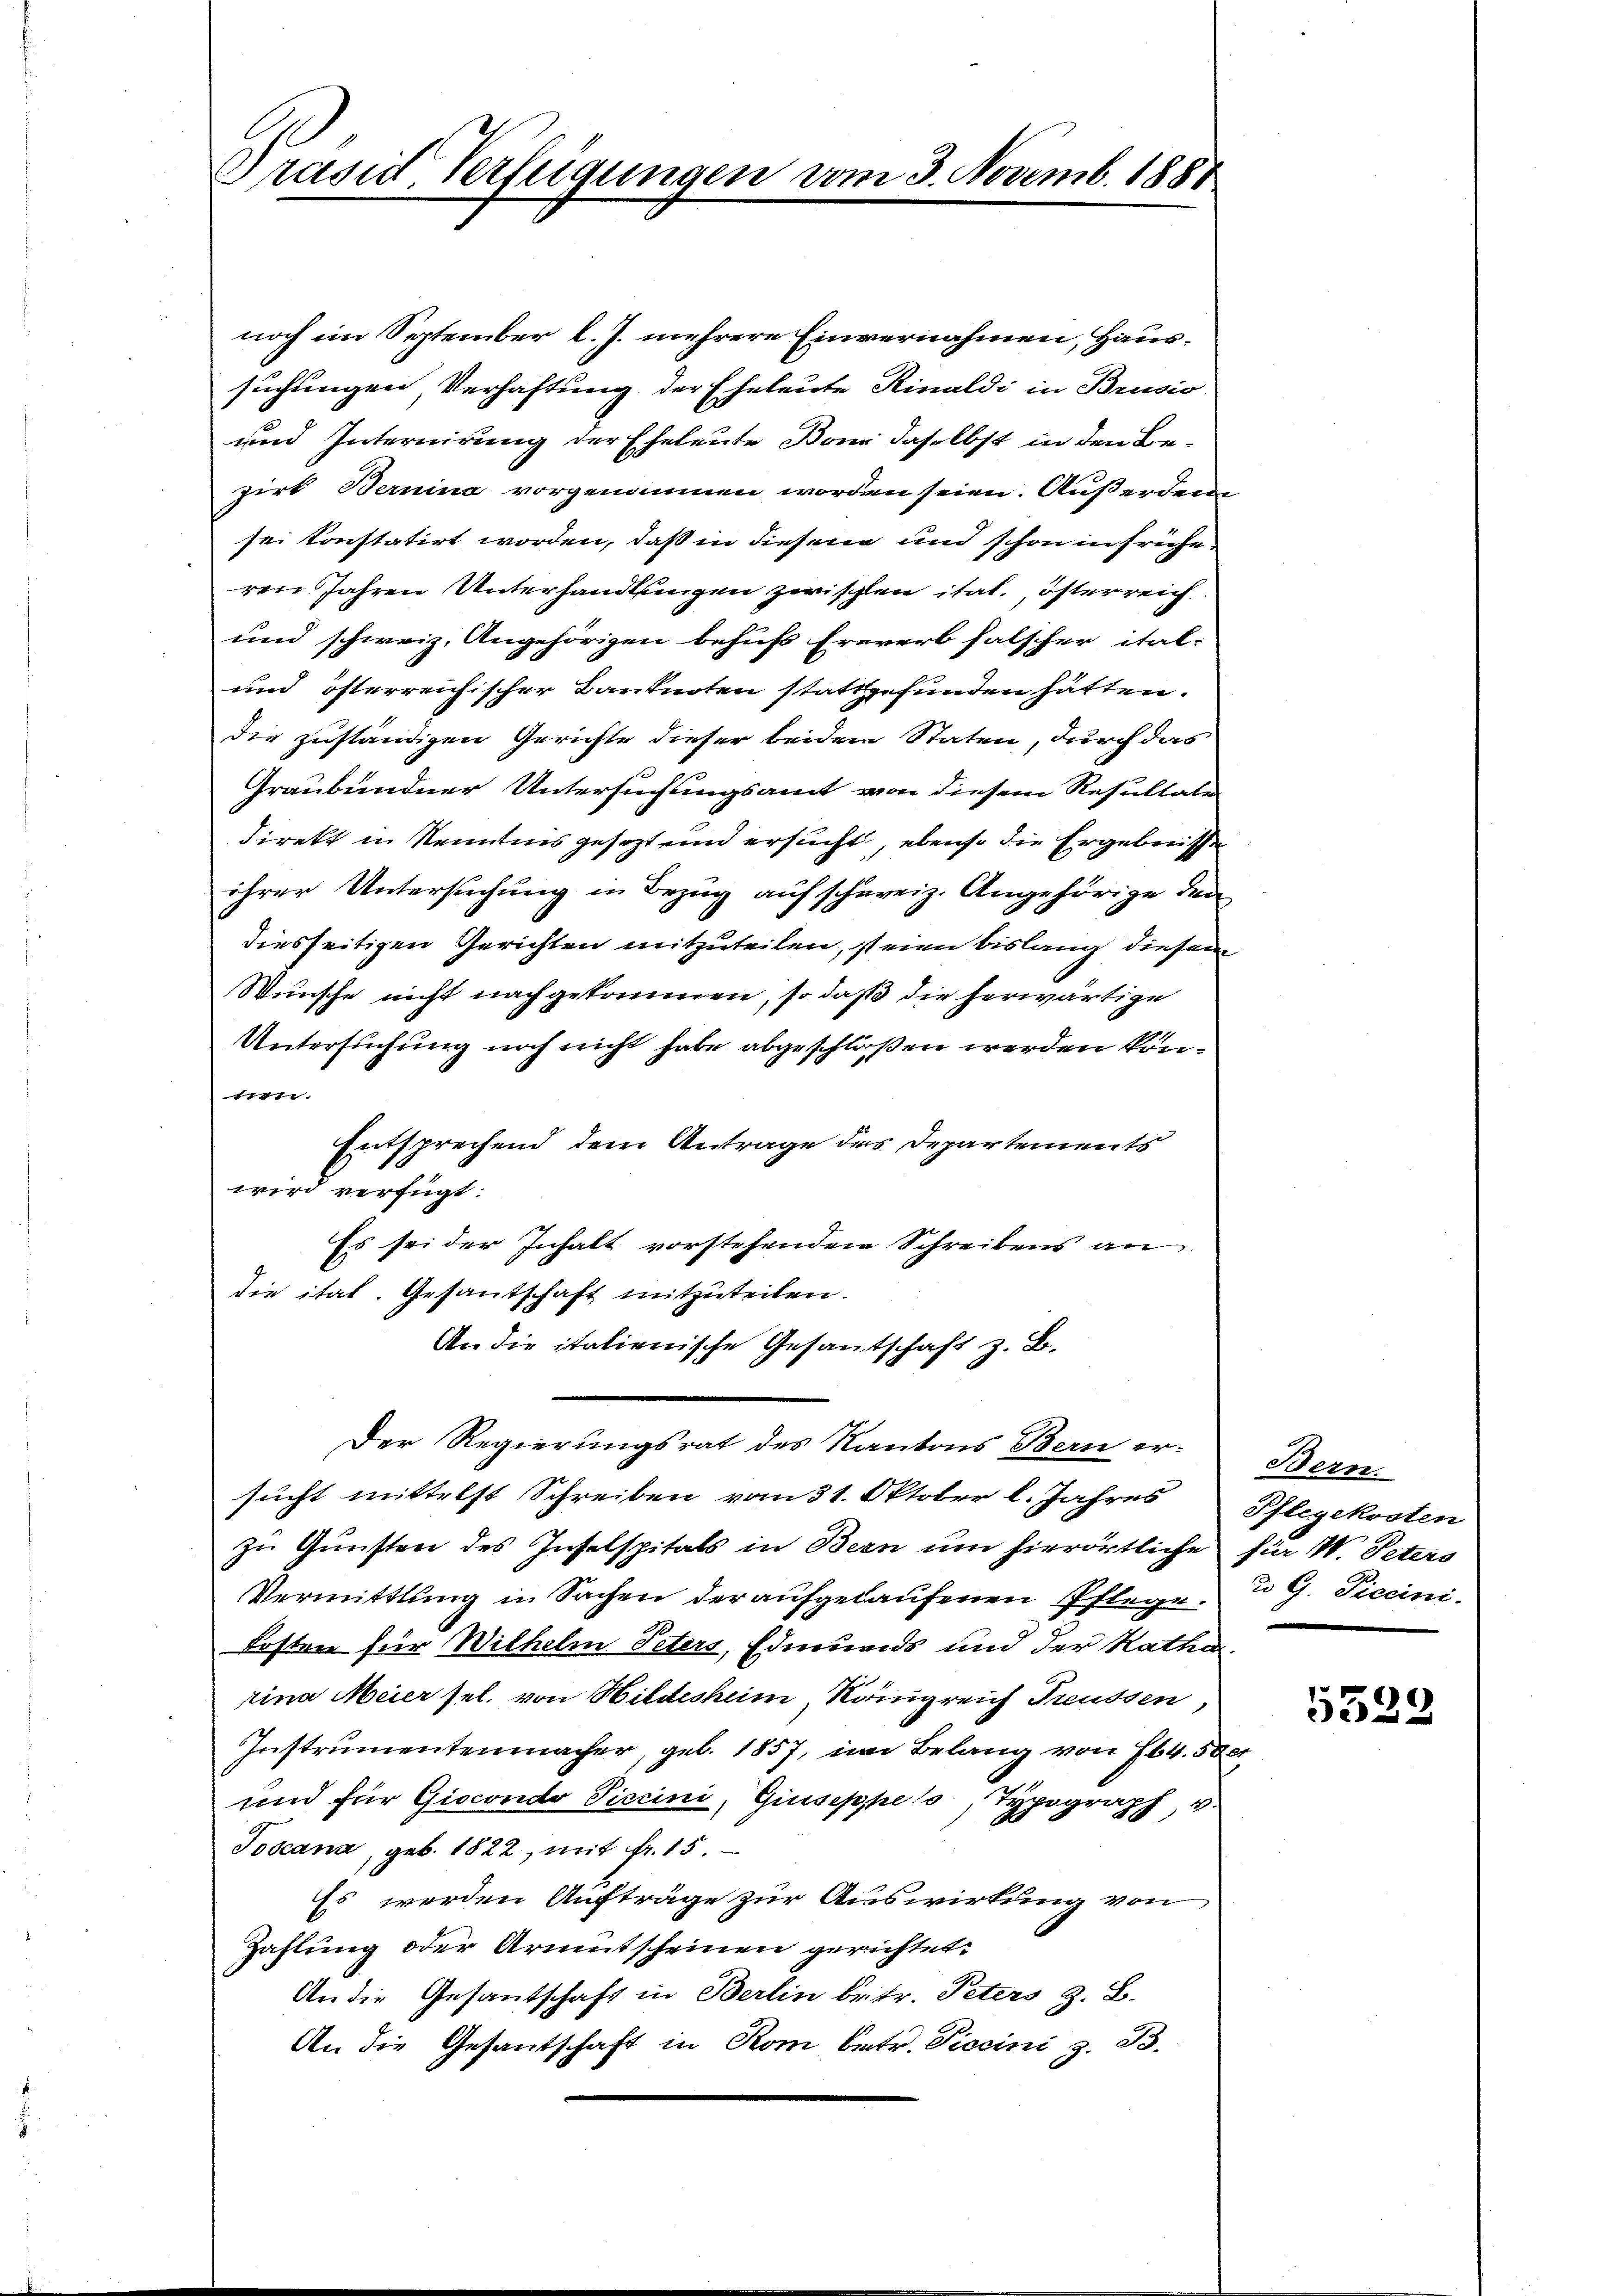
Präsid. Verfügungen vor

noch im September l. J. mehrere Einvernahmen, Haussuchungen Verhaftung der Eheleute Rinaldi in Brusio
und Internirung der Eheleute Bonn daselbst in den Bezirt Bernina vorgenommen worden seien. Außerden
sei konstatirt worden, daß in diesen und schon in früheren Jahren Unterhandlungen zwischen ital. österreich.
und schweiz. Angehörigen behufs Ereverb falscher ital-
und österreichischer Banknoten stattgefunden hätten.
die zuständigen Gerichte dieser beidem Staten, durch das
Graubündner Untersuchungsamt von diesem Resultate
direkt in Kenntnis gesetzt und ersucht, ebenso die Ergebnisse
ihrer Untersuchung in Bezug auf schweiz. Angehörige den
diesseitigen Gerichten mitzuteilen, steien bislang diesem
Wünsche nicht nachgekommen, so daß die herwärtige
Untersuchung noch nicht habe abgeschloßen werden kön¬

Entsprechend dem Antrage des Departements
wird verfügt:
Es sei der Inhalt vorstehenden Schreibens an
die ital. Gesantschaft mitzuteilen.
An die italienische Gesamtschaft z. B.
Der Regierungsrat des Kantons Bern er-
sucht mittelst Schreiben vom 31. Oktober l. Jahres Pflegekosten
zu Gunsten des Inselspitals in Bern um hierörtliche für W. Peters
Vermittlung in Sachen der aufgelaufenen Pflege u G. Tiecini¬
Kosten für Wilhelm Peters, Edmunds und der Ratha
rina Meier sel. von Hildesheim, Königreich Treussen,
Instrumentenmacher, geb. 1857, im Belang von 64. 5 get
und für Giscondo Piccini, Giuseppes, Typograph, v
Joscana, geb. 1822, mit fr. 15.
Es werden Aufträge zur Auswirkung von
Zahlung oder Armutscheinen gerichtet:
An die Gesandschaft in Berlin betr. Peters z. B.
An die Gesandschaft in Rom betr. Siecini z. B.

3. Novemb. 1888

Bern.

5529